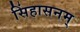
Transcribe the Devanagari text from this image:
सिंहासनम्